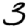
Digit: 3